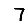
Digit: 7